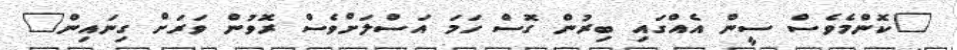
"ކޮންމެވެސް ސީން އެއްގައި ބިރުން ގޮސް ހަމަ އަސްލަށްވެސް ރޮވުން ވަރަށް ގިނައިން"